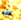
هذه